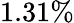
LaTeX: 1.31\%